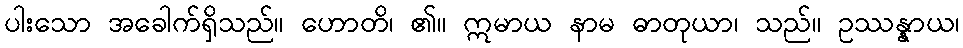
ပါးသော အခေါက်ရှိသည်။ ဟောတိ၊ ၏။ ဣမာယ နာမ ဓာတုယာ၊ သည်။ ဥဿန္နာယ၊